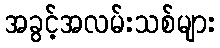
အခွင့်အလမ်းသစ်များ